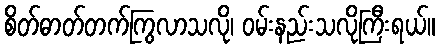
စိတ်ဓာတ်တက်ကြွလာသလို၊ ဝမ်းနည်းသလိုကြီးရယ်။